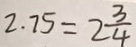
2 . 7 5 = 2 \frac { 3 } { 4 }